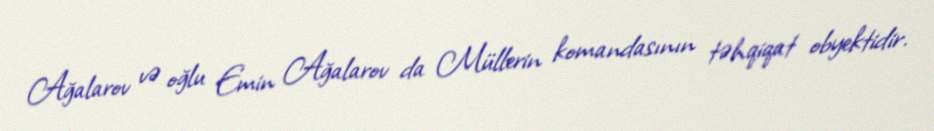
Ağalarov və oğlu Emin Ağalarov da Müllerin komandasının təhqiqat obyektidir.